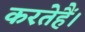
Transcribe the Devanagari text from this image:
करतेहैं।